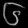
Digit: ၆